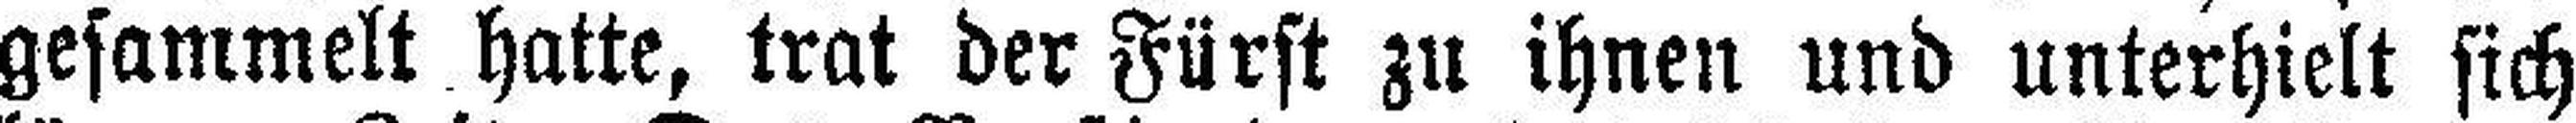
gesammelt hatte, trat der Fürst zu ihnen und unterhielt sich